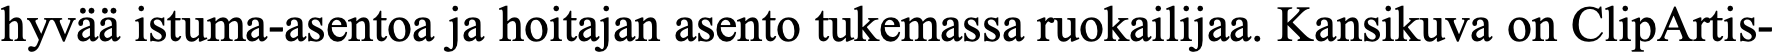
hyvää istuma-asentoa ja hoitajan asento tukemassa ruokailijaa. Kansikuva on ClipArtis-